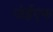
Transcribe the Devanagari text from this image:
जेईएफ